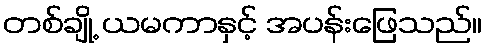
တစ်ချို့ ယမကာနှင့် အပန်းဖြေသည်။